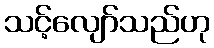
သင့်လျော်သည်ဟု